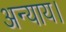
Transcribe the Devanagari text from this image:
अन्याय।